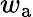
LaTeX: w_{\textrm{a}}